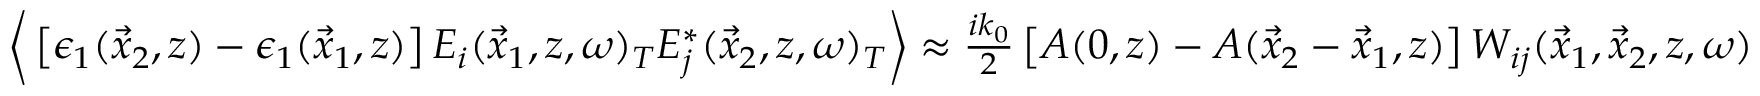
\begin{array} { r } { \bigg \langle \left[ \epsilon _ { 1 } ( \vec { x } _ { 2 } , z ) - \epsilon _ { 1 } ( \vec { x } _ { 1 } , z ) \right] E _ { i } ( \vec { x } _ { 1 } , z , \omega ) _ { T } E _ { j } ^ { * } ( \vec { x } _ { 2 } , z , \omega ) _ { T } \bigg \rangle \approx \frac { i k _ { 0 } } { 2 } \left[ A ( 0 , z ) - A ( \vec { x } _ { 2 } - \vec { x } _ { 1 } , z ) \right] W _ { i j } ( \vec { x } _ { 1 } , \vec { x } _ { 2 } , z , \omega ) } \end{array}